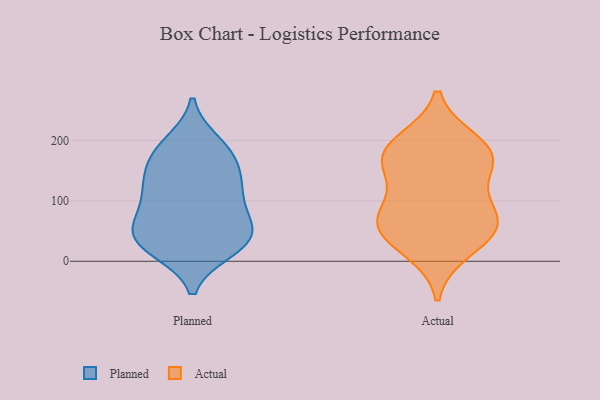
{"axis": {"x": "Operating Costs (USD K)", "y": "Value"}, "legend": ["Actual", "Planned"], "data": [{"x": "", "y": 130, "type": "Planned"}, {"x": "", "y": 120, "type": "Planned"}, {"x": "", "y": 20, "type": "Planned"}, {"x": "", "y": 63, "type": "Planned"}, {"x": "", "y": 34, "type": "Planned"}, {"x": "", "y": 183, "type": "Planned"}, {"x": "", "y": 106, "type": "Planned"}, {"x": "", "y": 24, "type": "Planned"}, {"x": "", "y": 195, "type": "Planned"}, {"x": "", "y": 78, "type": "Planned"}, {"x": "", "y": 129, "type": "Planned"}, {"x": "", "y": 49, "type": "Planned"}, {"x": "", "y": 51, "type": "Planned"}, {"x": "", "y": 32, "type": "Planned"}, {"x": "", "y": 179, "type": "Planned"}, {"x": "", "y": 161, "type": "Planned"}, {"x": "", "y": 197, "type": "Actual"}, {"x": "", "y": 19, "type": "Actual"}, {"x": "", "y": 58, "type": "Actual"}, {"x": "", "y": 186, "type": "Actual"}, {"x": "", "y": 154, "type": "Actual"}, {"x": "", "y": 65, "type": "Actual"}, {"x": "", "y": 167, "type": "Actual"}, {"x": "", "y": 170, "type": "Actual"}, {"x": "", "y": 69, "type": "Actual"}, {"x": "", "y": 95, "type": "Actual"}, {"x": "", "y": 49, "type": "Actual"}]}